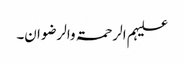
علیہم الرحمۃ والرضوان۔